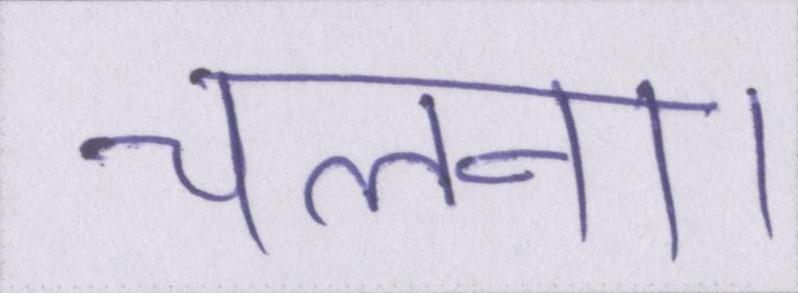
चलना।